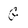
Character: G